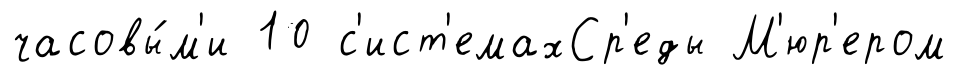
часовы́м'и 10 с'ист'емахСр'еды М'юр'ером